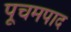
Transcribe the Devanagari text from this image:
पूचमपाद